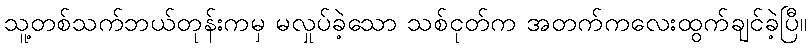
သူ့တစ်သက်ဘယ်တုန်းကမှ မလှုပ်ခဲ့သော သစ်ငုတ်က အတက်ကလေးထွက်ချင်ခဲ့ပြီ။